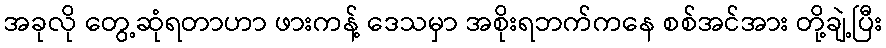
အခုလို တွေ့ဆုံရတာဟာ ဖားကန့် ဒေသမှာ အစိုးရဘက်ကနေ စစ်အင်အား တို့ချဲ့ပြီး